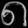
Digit: ၈